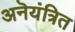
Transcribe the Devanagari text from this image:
अनॆयंत्रित